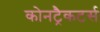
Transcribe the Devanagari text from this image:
कोनट्रैकटर्स